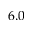
6 . 0